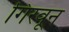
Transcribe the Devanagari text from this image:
गिरवून